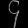
Digit: ၄